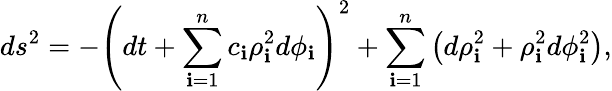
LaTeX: ds^{2}=-\left(dt+\sum_{\mathbf{i}=1}^{n}c_{\mathbf{i}}\rho_{\mathbf{i}}^{2}d\phi_{\mathbf{i}}\right)^{2}+\sum_{\mathbf{i}=1}^{n}\left(d\rho_{\mathbf{i}}^{2}+\rho_{\mathbf{i}}^{2}d\phi_{\mathbf{i}}^{2}\right),